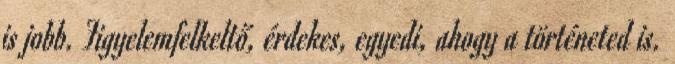
is jobb. Figyelemfelkeltő, érdekes, egyedi, ahogy a történeted is.